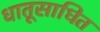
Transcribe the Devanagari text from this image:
धातूसाधित